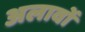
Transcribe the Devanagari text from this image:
अलावों